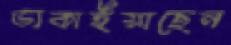
ডাকাইয়াছেন